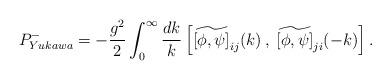
LaTeX: \begin{align*}P^{-}_{Yukawa}= -\frac{g^{2}}{2} \int_{0}^{\infty} \frac{dk}{k}\left[\widetilde{[\phi,\psi]}_{ij}(k) \:,\:\widetilde{[\phi,\psi]}_{ji}(-k)\right].\end{align*}